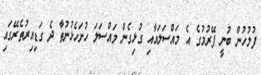
ފުލުހުން ބުނީ ފޭރުމުގެ އެ މައްސަލައާއި ގުޅިގެން މައްސަލަ ހުށަހެޅުނުތާ ދެ ގަޑިއިރުތެރޭގައި